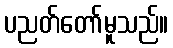
ပညတ်တော်မူသည်။